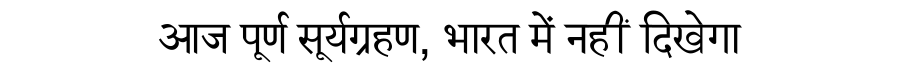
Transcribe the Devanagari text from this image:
आज पूर्ण सूर्यग्रहण, भारत में नहीं दिखेगा